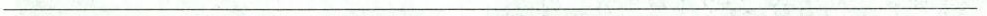
___